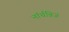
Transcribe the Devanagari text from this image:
नॉर्थब्रिज